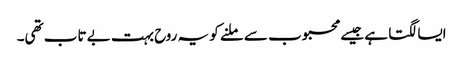
ایسا لگتا ہے جیسے محبوب سے ملنے کو یہ روح بہت بے تاب تھی۔